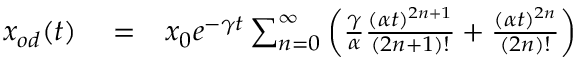
\begin{array} { r l r } { x _ { o d } ( t ) } & { { } = } & { x _ { 0 } e ^ { - \gamma t } \sum _ { n = 0 } ^ { \infty } \left( \frac { \gamma } { \alpha } \frac { ( \alpha t ) ^ { 2 n + 1 } } { ( 2 n + 1 ) ! } + \frac { ( \alpha t ) ^ { 2 n } } { ( 2 n ) ! } \right) } \end{array}